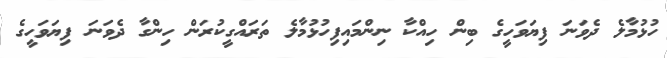
ހުޅުމާލެ ދެވަނަ ފިޔަވަހީގެ ބިން ހިއްކާ ނިންމައިފިހުޅުމާލެ ތަރައްގީކުރަން ހިންގާ ދެވަނަ ފިޔަވަހީގެ